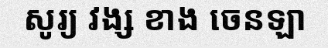
សូរ្យ វង្ស ខាង ចេនឡា